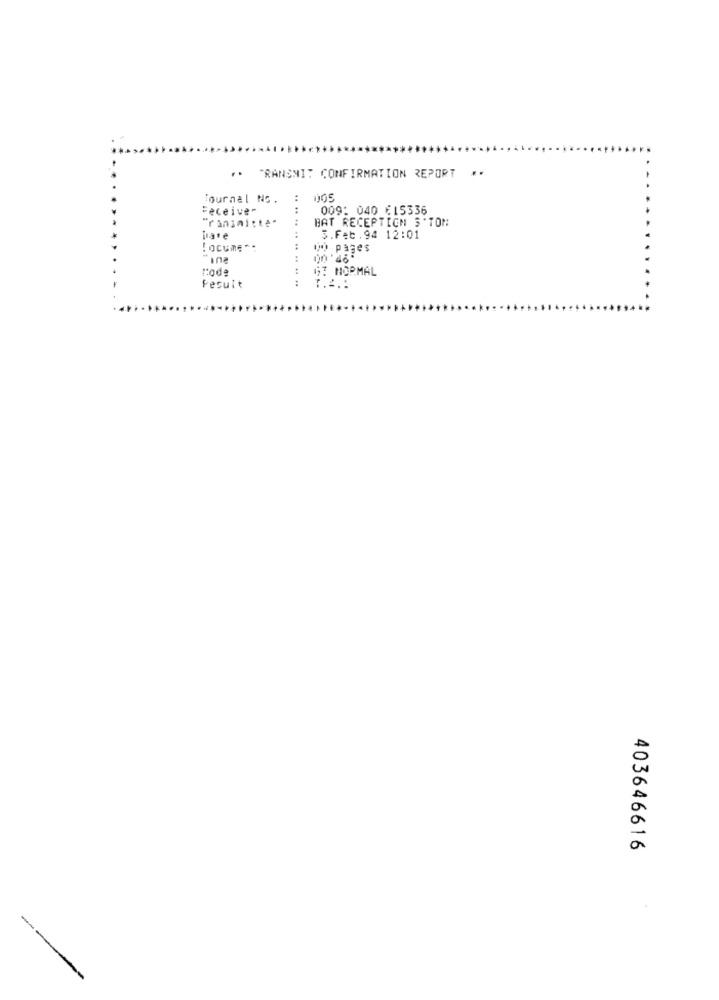
"RANSNI: CONFIRMATION REPORT **
journal Nc.
Feceive-
.. ..
009: 040 615336
"rinsmitte.
BAT RECEPTION S'TON
bare
5.Feb.94 12:01
!ocume *:
:
w) pages
rode
63 NORMAL
Fecuit
T.S .:
403646616